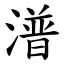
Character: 潽